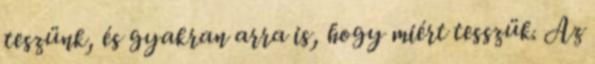
teszünk, és gyakran arra is, hogy miért tesszük. Az